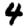
Digit: 4